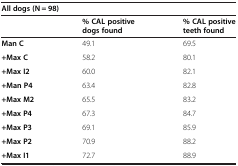
<table><thead><tr><td colspan="3"><b>All dogs (N = 98)</b></td></tr><tr><td></td><td><b>% CAL positive dogs found</b></td><td><b>% CAL positive teeth found</b></td></tr></thead><tbody><tr><td><b>Man C</b></td><td>49.1</td><td>69.5</td></tr><tr><td><b>+Max C</b></td><td>58.2</td><td>80.1</td></tr><tr><td><b>+Max I2</b></td><td>60.0</td><td>82.1</td></tr><tr><td><b>+Man P4</b></td><td>63.4</td><td>82.8</td></tr><tr><td><b>+Max M2</b></td><td>65.5</td><td>83.2</td></tr><tr><td><b>+Max P4</b></td><td>67.3</td><td>84.7</td></tr><tr><td><b>+Max P3</b></td><td>69.1</td><td>85.9</td></tr><tr><td><b>+Max P2</b></td><td>70.9</td><td>88.2</td></tr><tr><td><b>+Max I1</b></td><td>72.7</td><td>88.9</td></tr></tbody></table>